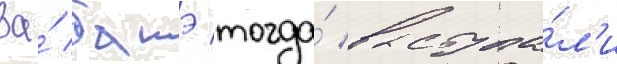
За́ батэ тогда́ выступа́л'и